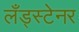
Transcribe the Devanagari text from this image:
लँड्स्टेनर